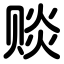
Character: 赕